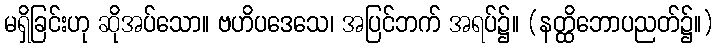
မရှိခြင်းဟု ဆိုအပ်သော။ ဗဟိပဒေသေ၊ အပြင်ဘက် အရပ်၌။ (နတ္ထိဘောပညတ်၌။)